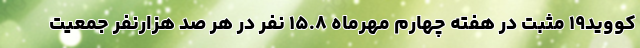
کووید۱۹ مثبت در هفته چهارم مهرماه ۱۵.۸ نفر در هر صد هزارنفر جمعیت